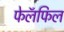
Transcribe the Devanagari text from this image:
फेलॅफिल